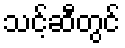
သင့်ဆီတွင်